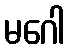
မဂေါ